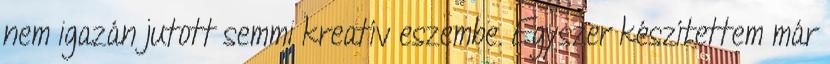
nem igazán jutott semmi kreatív eszembe. Egyszer készítettem már